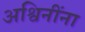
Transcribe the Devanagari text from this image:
अश्विनींना